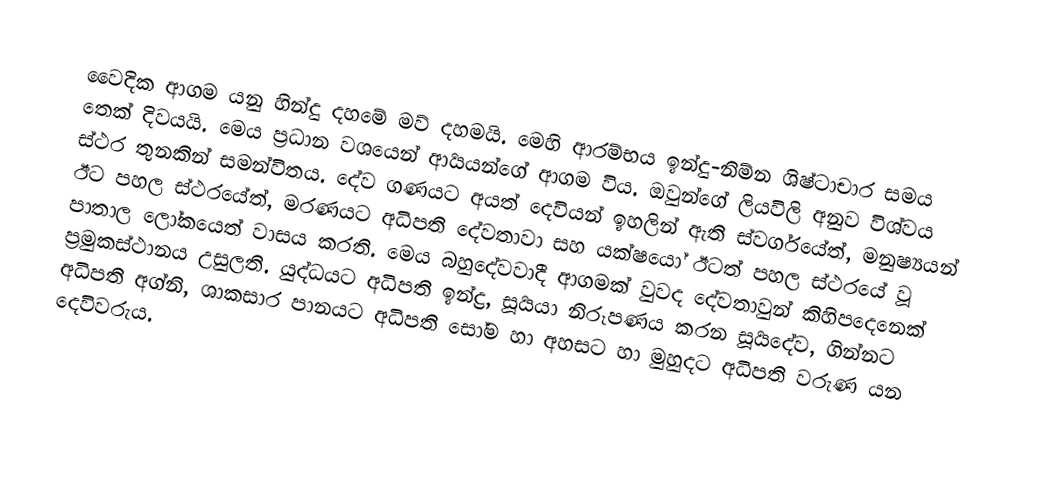
වෛදික ආගම යනු හින්දු දහමේ මව් දහමයි. මෙහි ආරම්භය ඉන්දු-නිම්න ශිෂ්ටාචාර සමය තෙක් දිවයයි. මෙය ප්‍රධාන වශයෙන් ආර්‍යයන්ගේ ආගම විය. ඔවුන්ගේ ලියවිලි අනුව විශ්වය ස්ථර තුනකින් සමන්විතය. දේව ගණයට අයත් දෙවියන් ඉහලින් ඇති ස්වර්ගයේත්, මනුෂ්‍යයන් ඊට පහල ස්ථරයේත්, මරණයට අධිපති දේවතාවා සහ යක්ෂයෝ ඊටත් පහල ස්ථරයේ වූ පාතාල ලෝකයෙත් වාසය කරති. මෙය බහුදේවවාදී ආගමක් වුවද දේවතාවුන් කිහිපදෙනෙක් ප්‍රමුකස්ථානය උසුලති. යුද්ධයට අධිපති ඉන්ද්‍ර, සූර්‍යයා නිරූපණය කරන සූර්‍යදේව, ගින්නට අධිපති අග්නි, ශාකසාර පානයට අධිපති සෝම හා අහසට හා මුහුදට අධිපති වරුණ යන දෙවිවරුය.